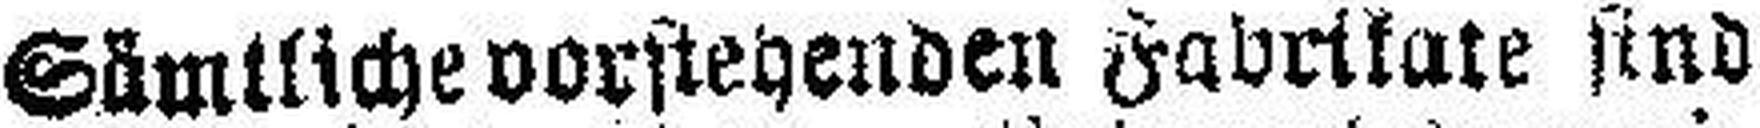
Sämtliche vorstehenden Fabrikate sind